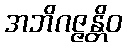
အဘိဂဇ္ဇန္တိဝ